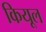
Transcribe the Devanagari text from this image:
कियूल